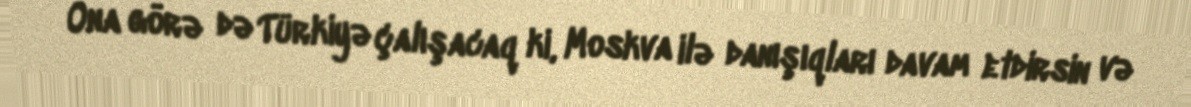
Ona görə də Türkiyə çalışacaq ki, Moskva ilə danışıqları davam etdirsin və